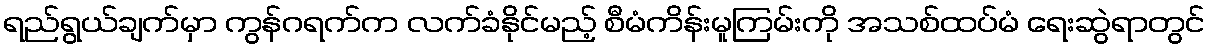
ရည်ရွယ်ချက်မှာ ကွန်ဂရက်က လက်ခံနိုင်မည့် စီမံကိန်းမူကြမ်းကို အသစ်ထပ်မံ ရေးဆွဲရာတွင်